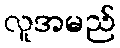
လူအမည်